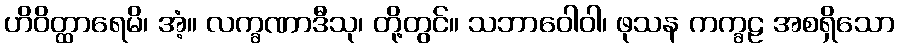
ဟိဝိတ္ထာရေမိ၊ အံ့။ လက္ခဏာဒီသု၊ တို့တွင်။ သဘာဝေါဝါ၊ ဖုသန ကက္ခဠ အစရှိသော